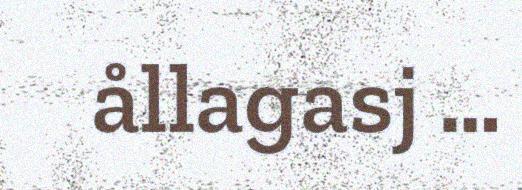
ållagasj …